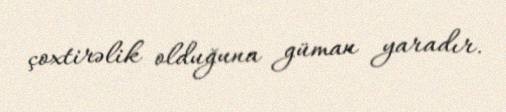
çoxtirəlik olduğuna güman yaradır.